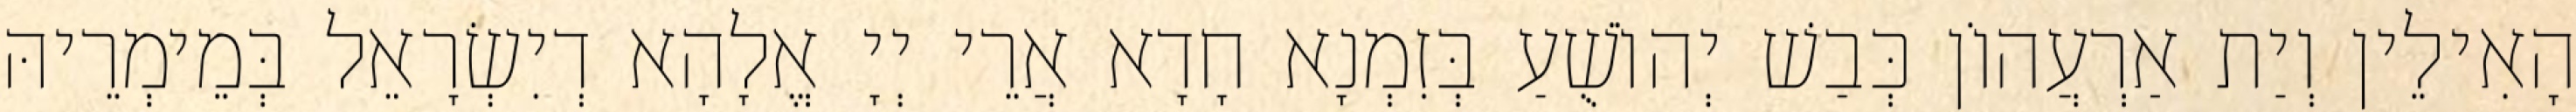
הָאִילֵין וְיַת אַרְעֲהוֹן כְּבַשׁ יְהוֹשֻׁעַ בְּזִמְנָא חָדָא אֲרֵי יְיָ אֱלָהָא דְיִשְׂרָאֵל בְּמֵימְרֵיהּ